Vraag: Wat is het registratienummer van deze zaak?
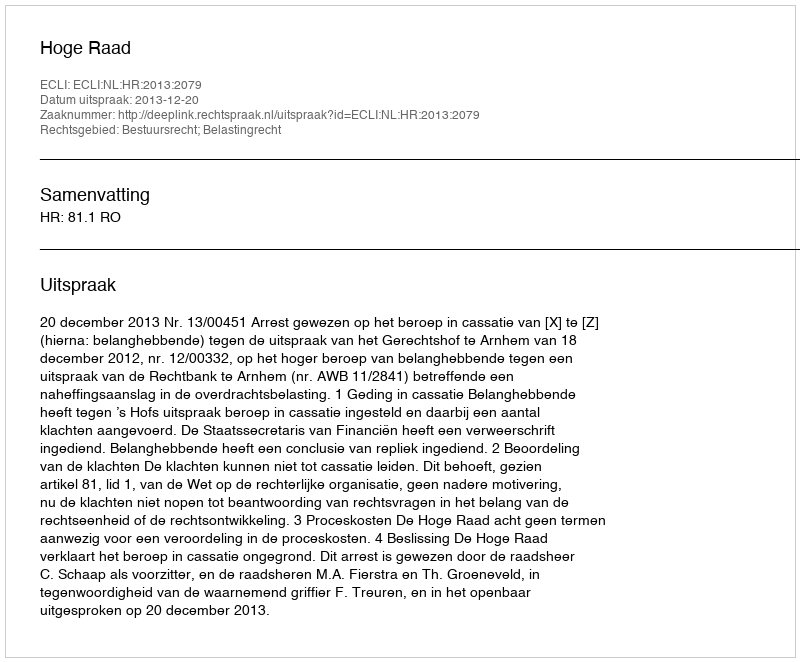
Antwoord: http://deeplink.rechtspraak.nl/uitspraak?id=ECLI:NL:HR:2013:2079